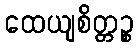
ထေယျစိတ္တဉ္စ